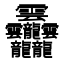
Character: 𱁬